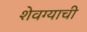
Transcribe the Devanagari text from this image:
शेवग्याची